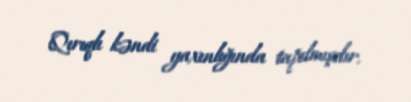
Qırıqlı kəndi yaxınlığında tapılmışdır.